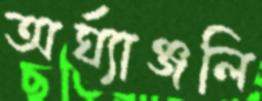
অর্ঘ্যাঞ্জলি